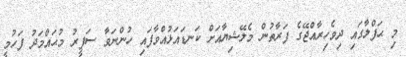
މި ޙަފްލާގައި ދިވެހިރާއްޖޭގެ ފަރާތުން މެލޭޝިޔާއަށް ކަނޑައަޅުއްވާފައި ހުންނަވާ ސަފީރު މުޙައްމަދު ފަހުމީ